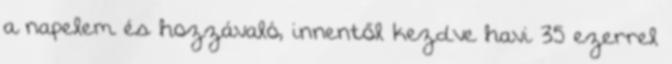
a napelem és hozzávaló, innentől kezdve havi 35 ezerrel